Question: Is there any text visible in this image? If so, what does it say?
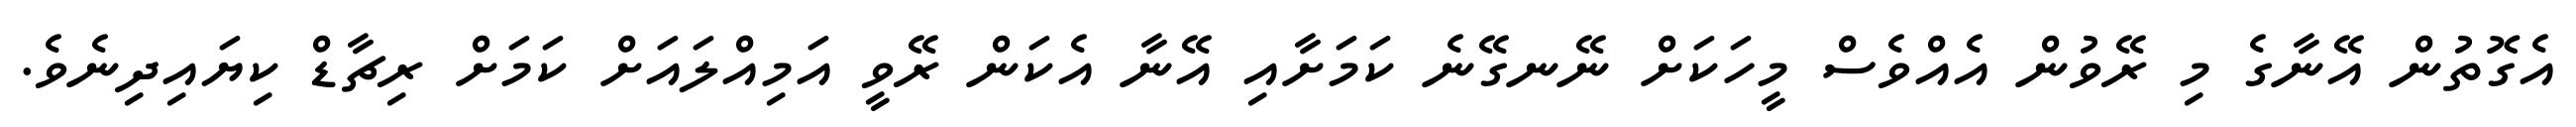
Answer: އެގޮތުން އޭނާގެ މި ރޭވުން އެއްވެސް މީހަކަށް ނޭނގޭނެ ކަމަށާއި އޭނާ އެކަން ރޭވީ އަމިއްލައަށް ކަމަށް ރިޗާޑް ކިޔައިދިނެވެ.